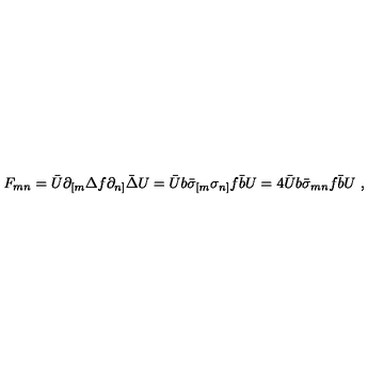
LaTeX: F _ { m n } = \bar { U } \partial _ { [ m } \Delta f \partial _ { n ] } \bar { \Delta } U = \bar { U } b \bar { \sigma } _ { [ m } \sigma _ { n ] } f \bar { b } U = 4 \bar { U } b \bar { \sigma } _ { m n } f \bar { b } U \ ,